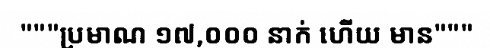
"""ប្រមាណ ១៧,០០០ នាក់ ហើយ មាន"""